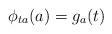
LaTeX: \begin{align*} \phi_{ta}(a) = g_a(t) \end{align*}